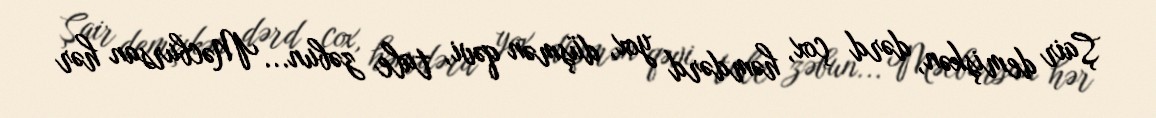
Şair demişkən, dərd çox, həmdərd yox, düşmən qəvi, tale zəbun... Məcbursan hər